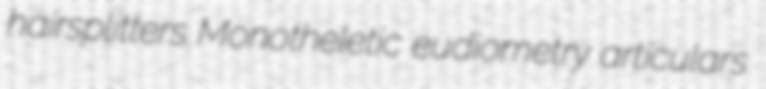
hairsplitters Monotheletic eudiometry articulars